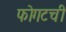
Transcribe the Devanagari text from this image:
फोगटची